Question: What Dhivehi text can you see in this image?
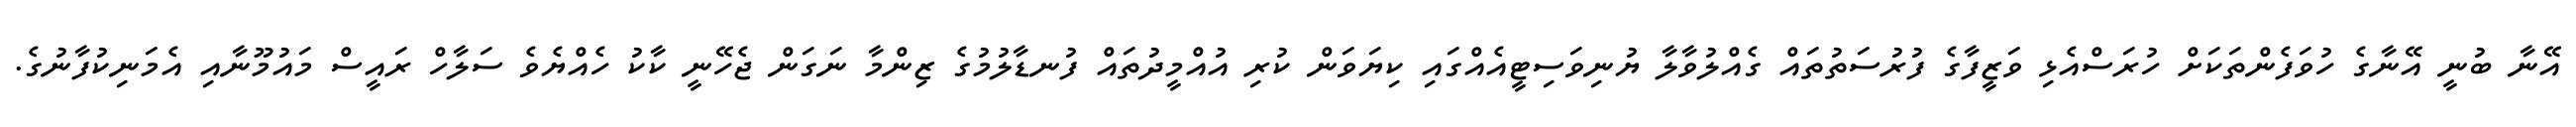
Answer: އޭނާ ބުނީ އޭނާގެ ހުވަފެންތަކަށް ހުރަސްއެޅި ވަޒީފާގެ ފުރުސަތުތައް ގެއްލުވާލާ ޔުނިވަސިޓީއެއްގައި ކިޔަވަން ކުރި އުއްމީދުތައް ފުނޑާލުމުގެ ޒިންމާ ނަގަން ޖެހޭނީ ކާކު ހެއްޔެވެ ސަލާހް ރައީސް މައުމޫނާއި އެމަނިކުފާނުގެ.